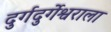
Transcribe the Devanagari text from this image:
दुर्गदुर्गेश्वराला